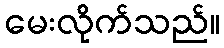
မေးလိုက်သည်။